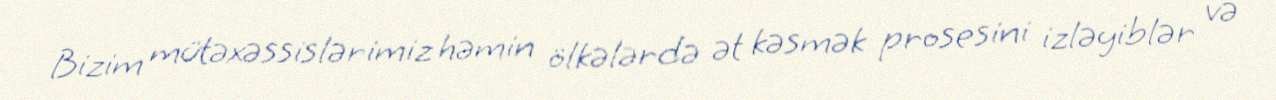
Bizim mütəxəssislərimiz həmin ölkələrdə ət kəsmək prosesini izləyiblər və